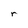
Character: r